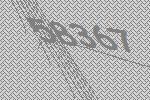
58367